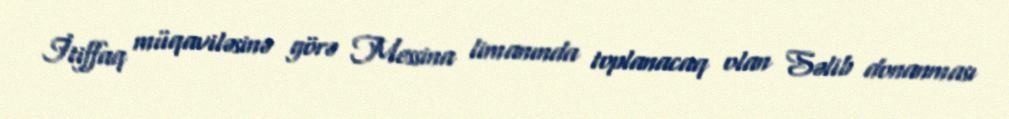
İtiffaq müqaviləsinə görə Messina limanında toplanacaq olan Səlib donanması